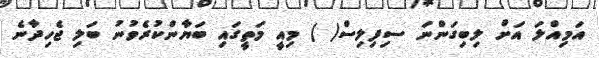
އަމިއްލަ އަށް ލިބިގަންނަ ސިފިލިސް( ) މިއީ މަތީގައި ބަޔާންކުރެވުނު ބަލި ޖެހިދާނެ